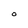
Character: O